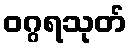
ဝဂ္ဂရသုတ်